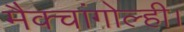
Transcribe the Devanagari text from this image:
मैक्चांगोल्ही।